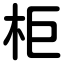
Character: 柜